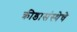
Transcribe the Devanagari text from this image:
क्रीडासंस्थेचे